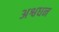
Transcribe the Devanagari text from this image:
अश्वधन